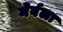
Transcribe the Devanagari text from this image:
मेर्वला